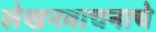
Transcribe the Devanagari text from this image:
लेखनवाचनाचे